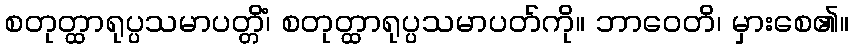
စတုတ္ထာရုပ္ပသမာပတ္တိံ၊ စတုတ္ထာရုပ္ပသမာပတ်ကို။ ဘာဝေတိ၊ မှားစေ၏။